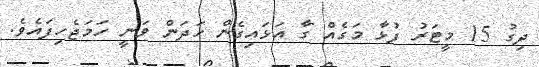
ދިގު 15 މީޓަރު ފުޅާ މަގެއް ގާ އަޅައިގެން ހަދަން ވަނީ ހަމަޖެހިފައެވެ.